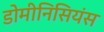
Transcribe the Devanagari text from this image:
डोमीनिसियंस